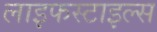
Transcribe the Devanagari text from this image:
लाइफस्टाइल्स